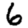
Digit: 6